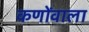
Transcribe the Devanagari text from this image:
कणोंवाला